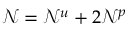
\mathcal { N } = \mathcal { N } ^ { u } + 2 \mathcal { N } ^ { p }